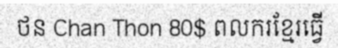
ថន Chan Thon 80$ ពលករខ្មែរធ្វើ